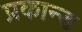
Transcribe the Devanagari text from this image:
प्रकान्ड